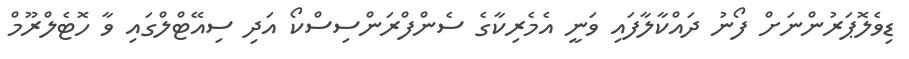
ޑިވެލޮޕަރުންނަށް ފޯނު ދައްކާލާފައި ވަނީ އެމެރިކާގެ ސެންފްރަންސިސްކޯ އަދި ސިއޭޓްލްގައި ވާ ހޮޓެލްރޫމް